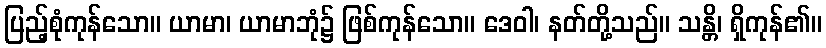
ပြည့်စုံကုန်သော။ ယာမာ၊ ယာမာဘုံ၌ ဖြစ်ကုန်သော။ ဒေဝါ၊ နတ်တို့သည်။ သန္တိ၊ ရှိကုန်၏။